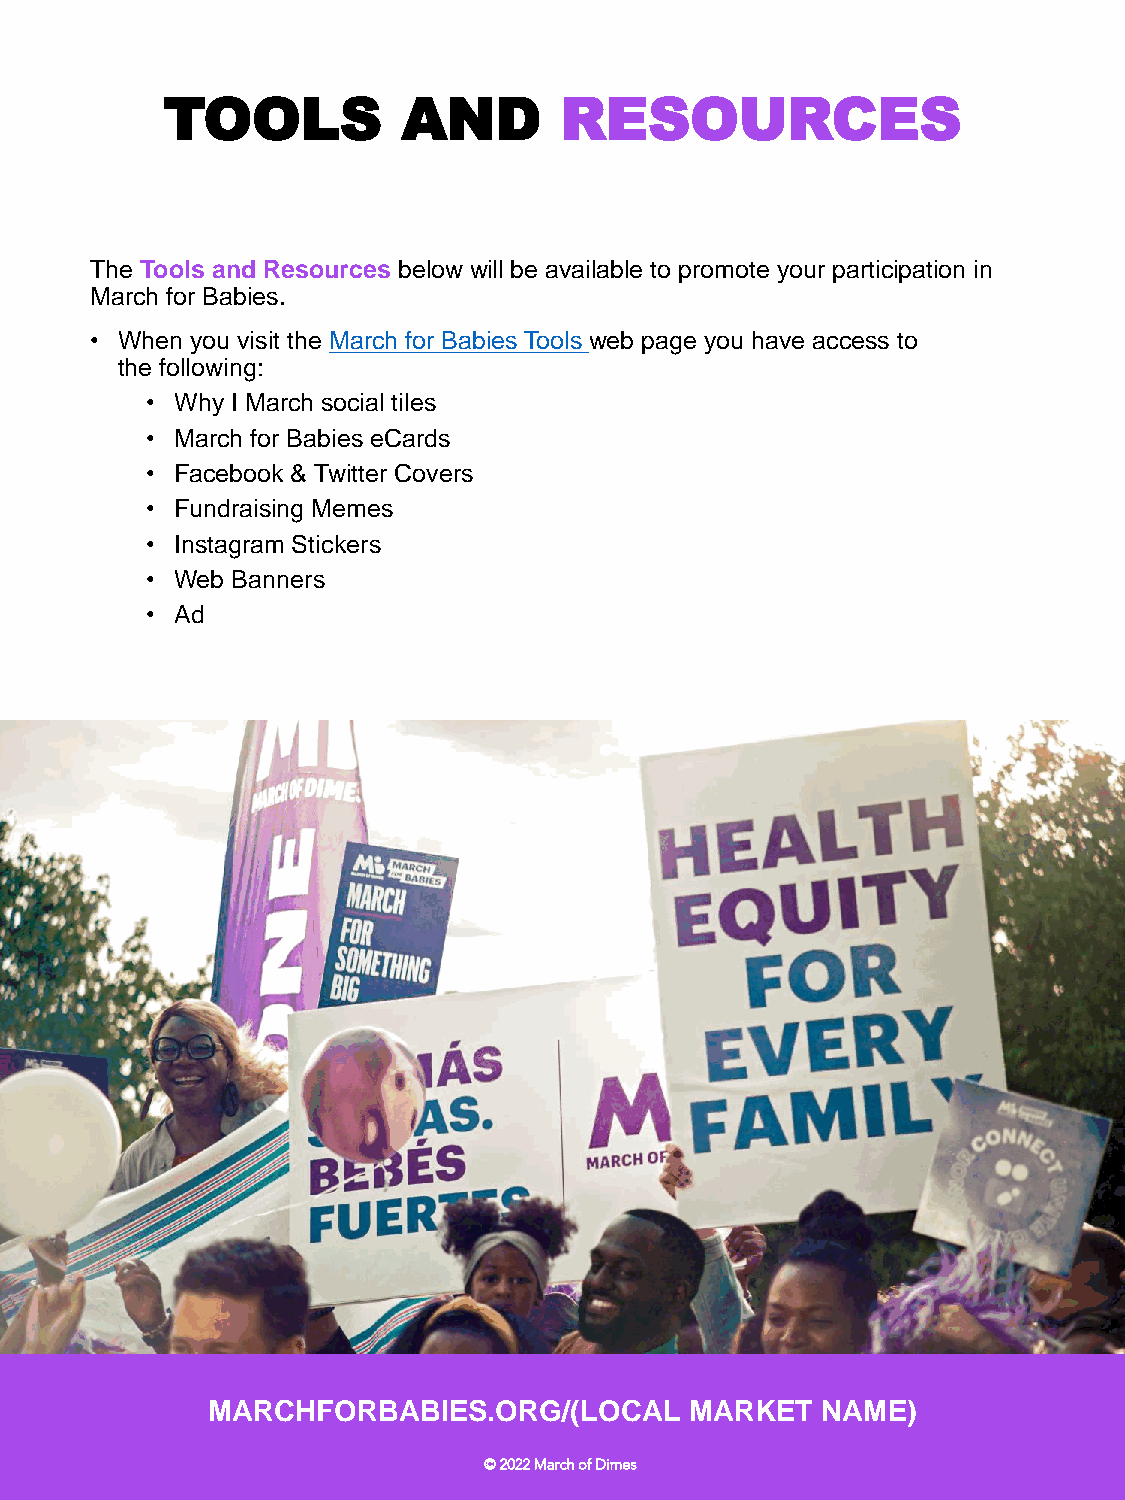
TOOLS           AND       RESOURCES
 The Tools and Resources below will be available to promote your participation in
 March for Babies.
 • When you visit the March for Babies Tools web page you have access to
 the following:
 • Why I March social tiles
 • March for Babies eCards
 • Facebook & Twitter Covers
 • Fundraising Memes
 • Instagram Stickers
 • Web Banners
 • Ad
 MARCHFORBABIES.ORG/(LOCAL       MARKET  NAME)
 © 2022 March of Dimes